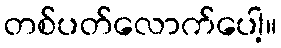
တစ်ပတ်လောက်ပေါ့။